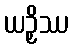
ယဉှိဿ